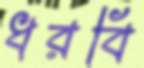
ধরবি